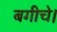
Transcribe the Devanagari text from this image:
बगीचे।